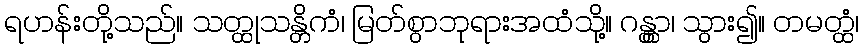
ရဟန်းတို့သည်။ သတ္ထုသန္တိကံ၊ မြတ်စွာဘုရားအထံသို့။ ဂန္တွာ၊ သွား၍။ တမတ္ထံ၊